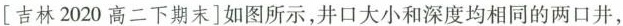
[吉林2020高二下期末]如图所示，井口大小和深度均相同的两口井，